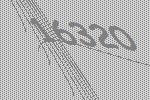
16320